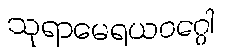
သုရာမေရယဝဂ္ဂေါ